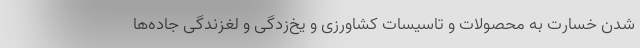
شدن خسارت به محصولات و تاسیسات کشاورزی و یخ‌زدگی و لغزندگی جاده‌ها